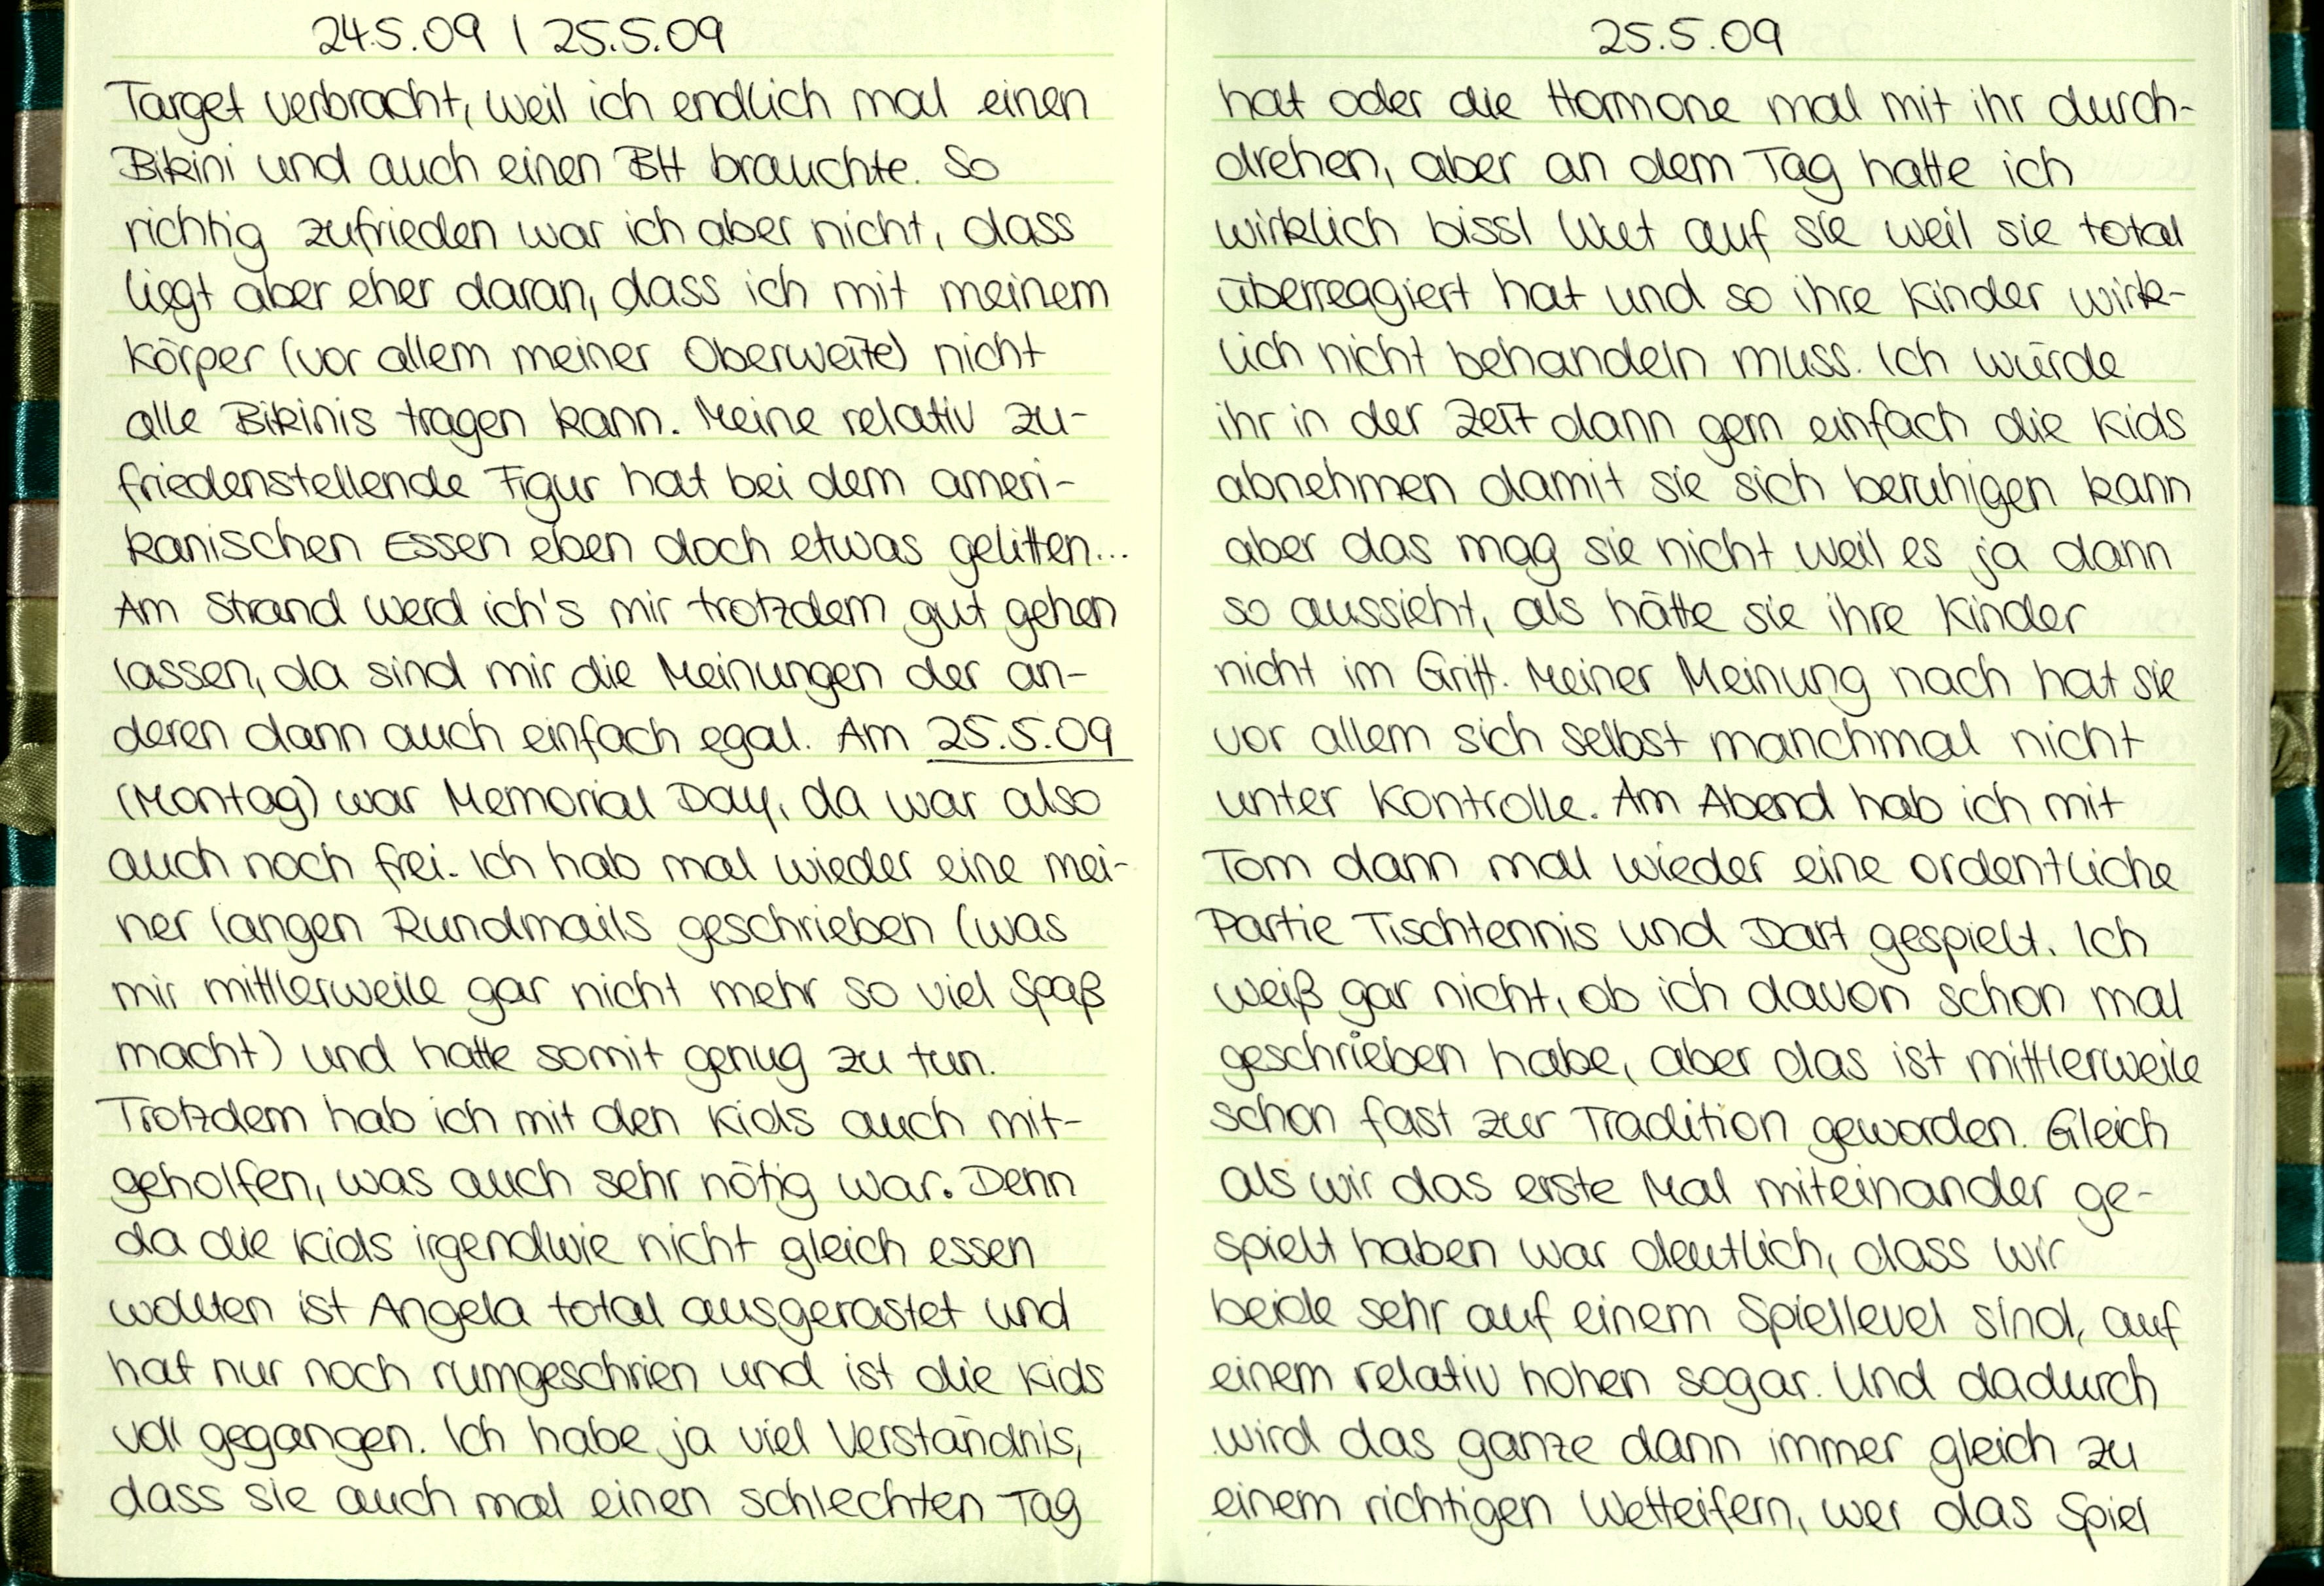
24.5.09 / 25.5.09
Target verbracht, weil ich endlich mal einen
Bikini und auch einen BH brauchte. So
richtig zufrieden war ich aber nicht, dass
liegt aber eher daran, dass ich mit meinem
Körper (vor allem meiner Oberweite) nicht
alle Bikinis tragen kann. Meine relativ zu-
friedenstellende Figur hat bei dem ameri-
kanischen Essen eben doch etwas gelitten...
Am Strand werd ich's mir trotzdem gut gehen
lassen, da sind mir die Meinungen der an-
deren dann auch einfach egal. Am 25.5.09
(Montag) war Memorial Day, da war also
auch noch frei. Ich hab mal wieder eine mei-
ner langen Rundmails geschrieben (was
mir mittlerweile gar nicht mehr so viel Spaß
macht) und hatte somit genug zu tun.
Trotzdem hab ich mit den Kids auch mit-
geholfen, was auch sehr nötig war. Denn
da die Kids irgendwie nicht gleich essen
wollten ist Angela total ausgerastet und
hat nur noch rumgeschrien und ist die Kids
voll gegangen. Ich habe ja viel Verständnis,
dass sie auch mal einen schlechten Tag

25.5.09
hat oder die Hormone mal mit ihr durch-
drehen, aber an dem Tag hatte ich
wirklich bissl Wut auf sie weil sie total
überreagiert hat und so ihre Kinder wirk-
lich nicht behandeln muss. Ich würde
ihr in der Zeit dann gern einfach die Kids
abnehmen damit sie sich beruhigen kann
aber das mag sie nicht weil es ja dann
so aussieht, als hätte sie ihre Kinder
nicht im Grift. Meiner Meinung nach hat sie
vor allem sich selbst manchmal nicht
unter Kontrolle. Am Abend hab ich mit
Tom dann mal wieder eine ordentliche
Partie Tischtennis und Dart gespielt. Ich
weiß gar nicht, ob ich davon schon mal
geschrieben habe, aber das ist mittlerweile
schon fast zur Tradition geworden. Gleich
als wir das erste Mal miteinander ge-
spielt haben war deutlich, dass wir
beide sehr auf einem Spiellevel sind, auf
einem relativ hohen sogar. Und dadurch
wird das ganze dann immer gleich zu
einem richtigen Wetteifern, wer das Spiel